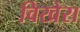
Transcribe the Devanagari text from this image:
विखेरा